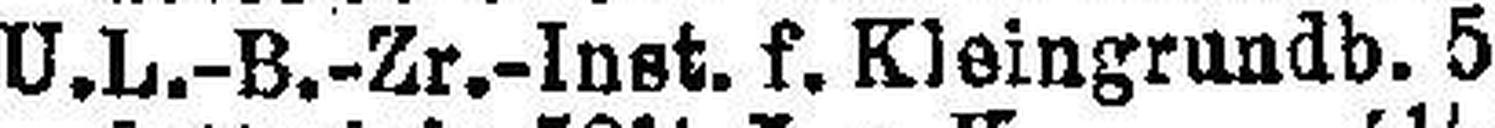
U. L.-B.-Zr.-Inst. f. Kleingrnndb. 5